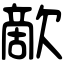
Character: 歒